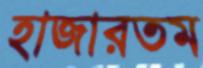
হাজারতম